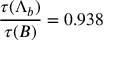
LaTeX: { \frac { \tau ( \Lambda _ { b } ) } { \tau ( B ) } } = 0 . 9 3 8